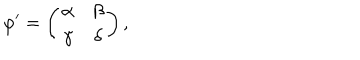
\varphi ^ { \prime } = \left( \begin{array} { c c } { { \alpha } } & { { \beta } } \\ { { \gamma } } & { { \delta } } \\ \end{array} \right) ,